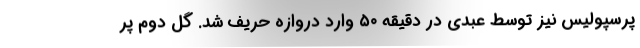
پرسپولیس نیز توسط عبدی در دقیقه ۵۰ وارد دروازه حریف شد. گل دوم پر